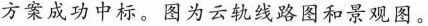
方案成功中标。图为云轨线路图和景观图。